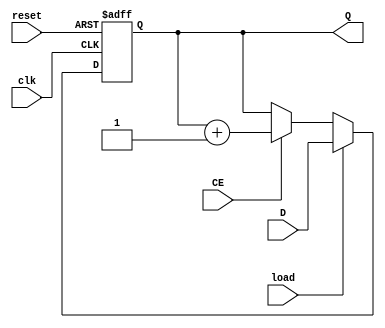
`timescale 1ns / 1ps
//////////////////////////////////////////////////////////////////////////////////
// Company: 
// Engineer: 
// 
// Design Name: 
// Module Name: N_bit_counter
// Project Name: 
// Target Devices: 
// Tool Versions: 
// Description: 
// 
// Dependencies: 
// 
// Revision:
// Revision 0.01 - File Created
// Additional Comments:
// 
//////////////////////////////////////////////////////////////////////////////////


module N_bit_counter(Q, load, D, reset, clk, CE);
parameter N = 3;
output [N-1:0] Q;
input [N-1:0] D;
input load, reset, clk, CE;

reg [N-1:0] Q;

always @(posedge reset or posedge clk)
if (reset == 1'b1) Q <= 0;
else if (load == 1'b1) Q <= D;
else if (CE == 1'b1) Q <= Q + 1;
else Q <= Q;

endmodule